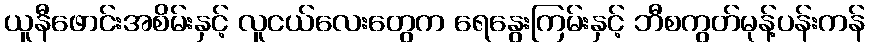
ယူနီဖောင်းအစိမ်းနှင့် လူငယ်လေးတွေက ရေနွေးကြမ်းနှင့် ဘီစကွတ်မုန့်ပန်းကန်